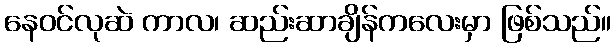
နေဝင်လုဆဲ ကာလ၊ ဆည်းဆာချိန်ကလေးမှာ ဖြစ်သည်။